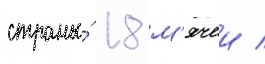
страны́ 18 м'ячеи /